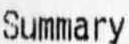
SUMMARY